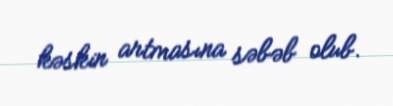
kəskin artmasına səbəb olub.